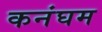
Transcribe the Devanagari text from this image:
कनंघम